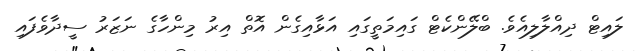
ލައިޓް ދިއްލާލިއެވެ. ބްލޭންކެޓް ގައިމަތީގައި އަޅާއިގެން އޮތް އިރު މިންހާގެ ނަޒަރު ސީދާވެފައި